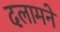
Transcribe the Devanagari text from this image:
दलामने